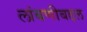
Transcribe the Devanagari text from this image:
लांबणीबद्दल